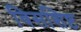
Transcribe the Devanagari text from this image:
विसशिष्ट